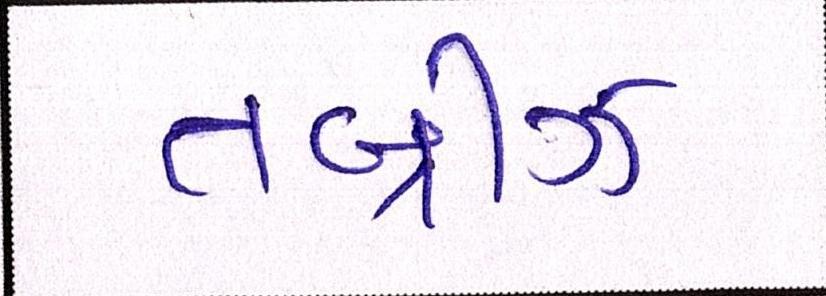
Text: તબ્રીઝ